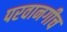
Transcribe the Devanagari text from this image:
परवानगीच